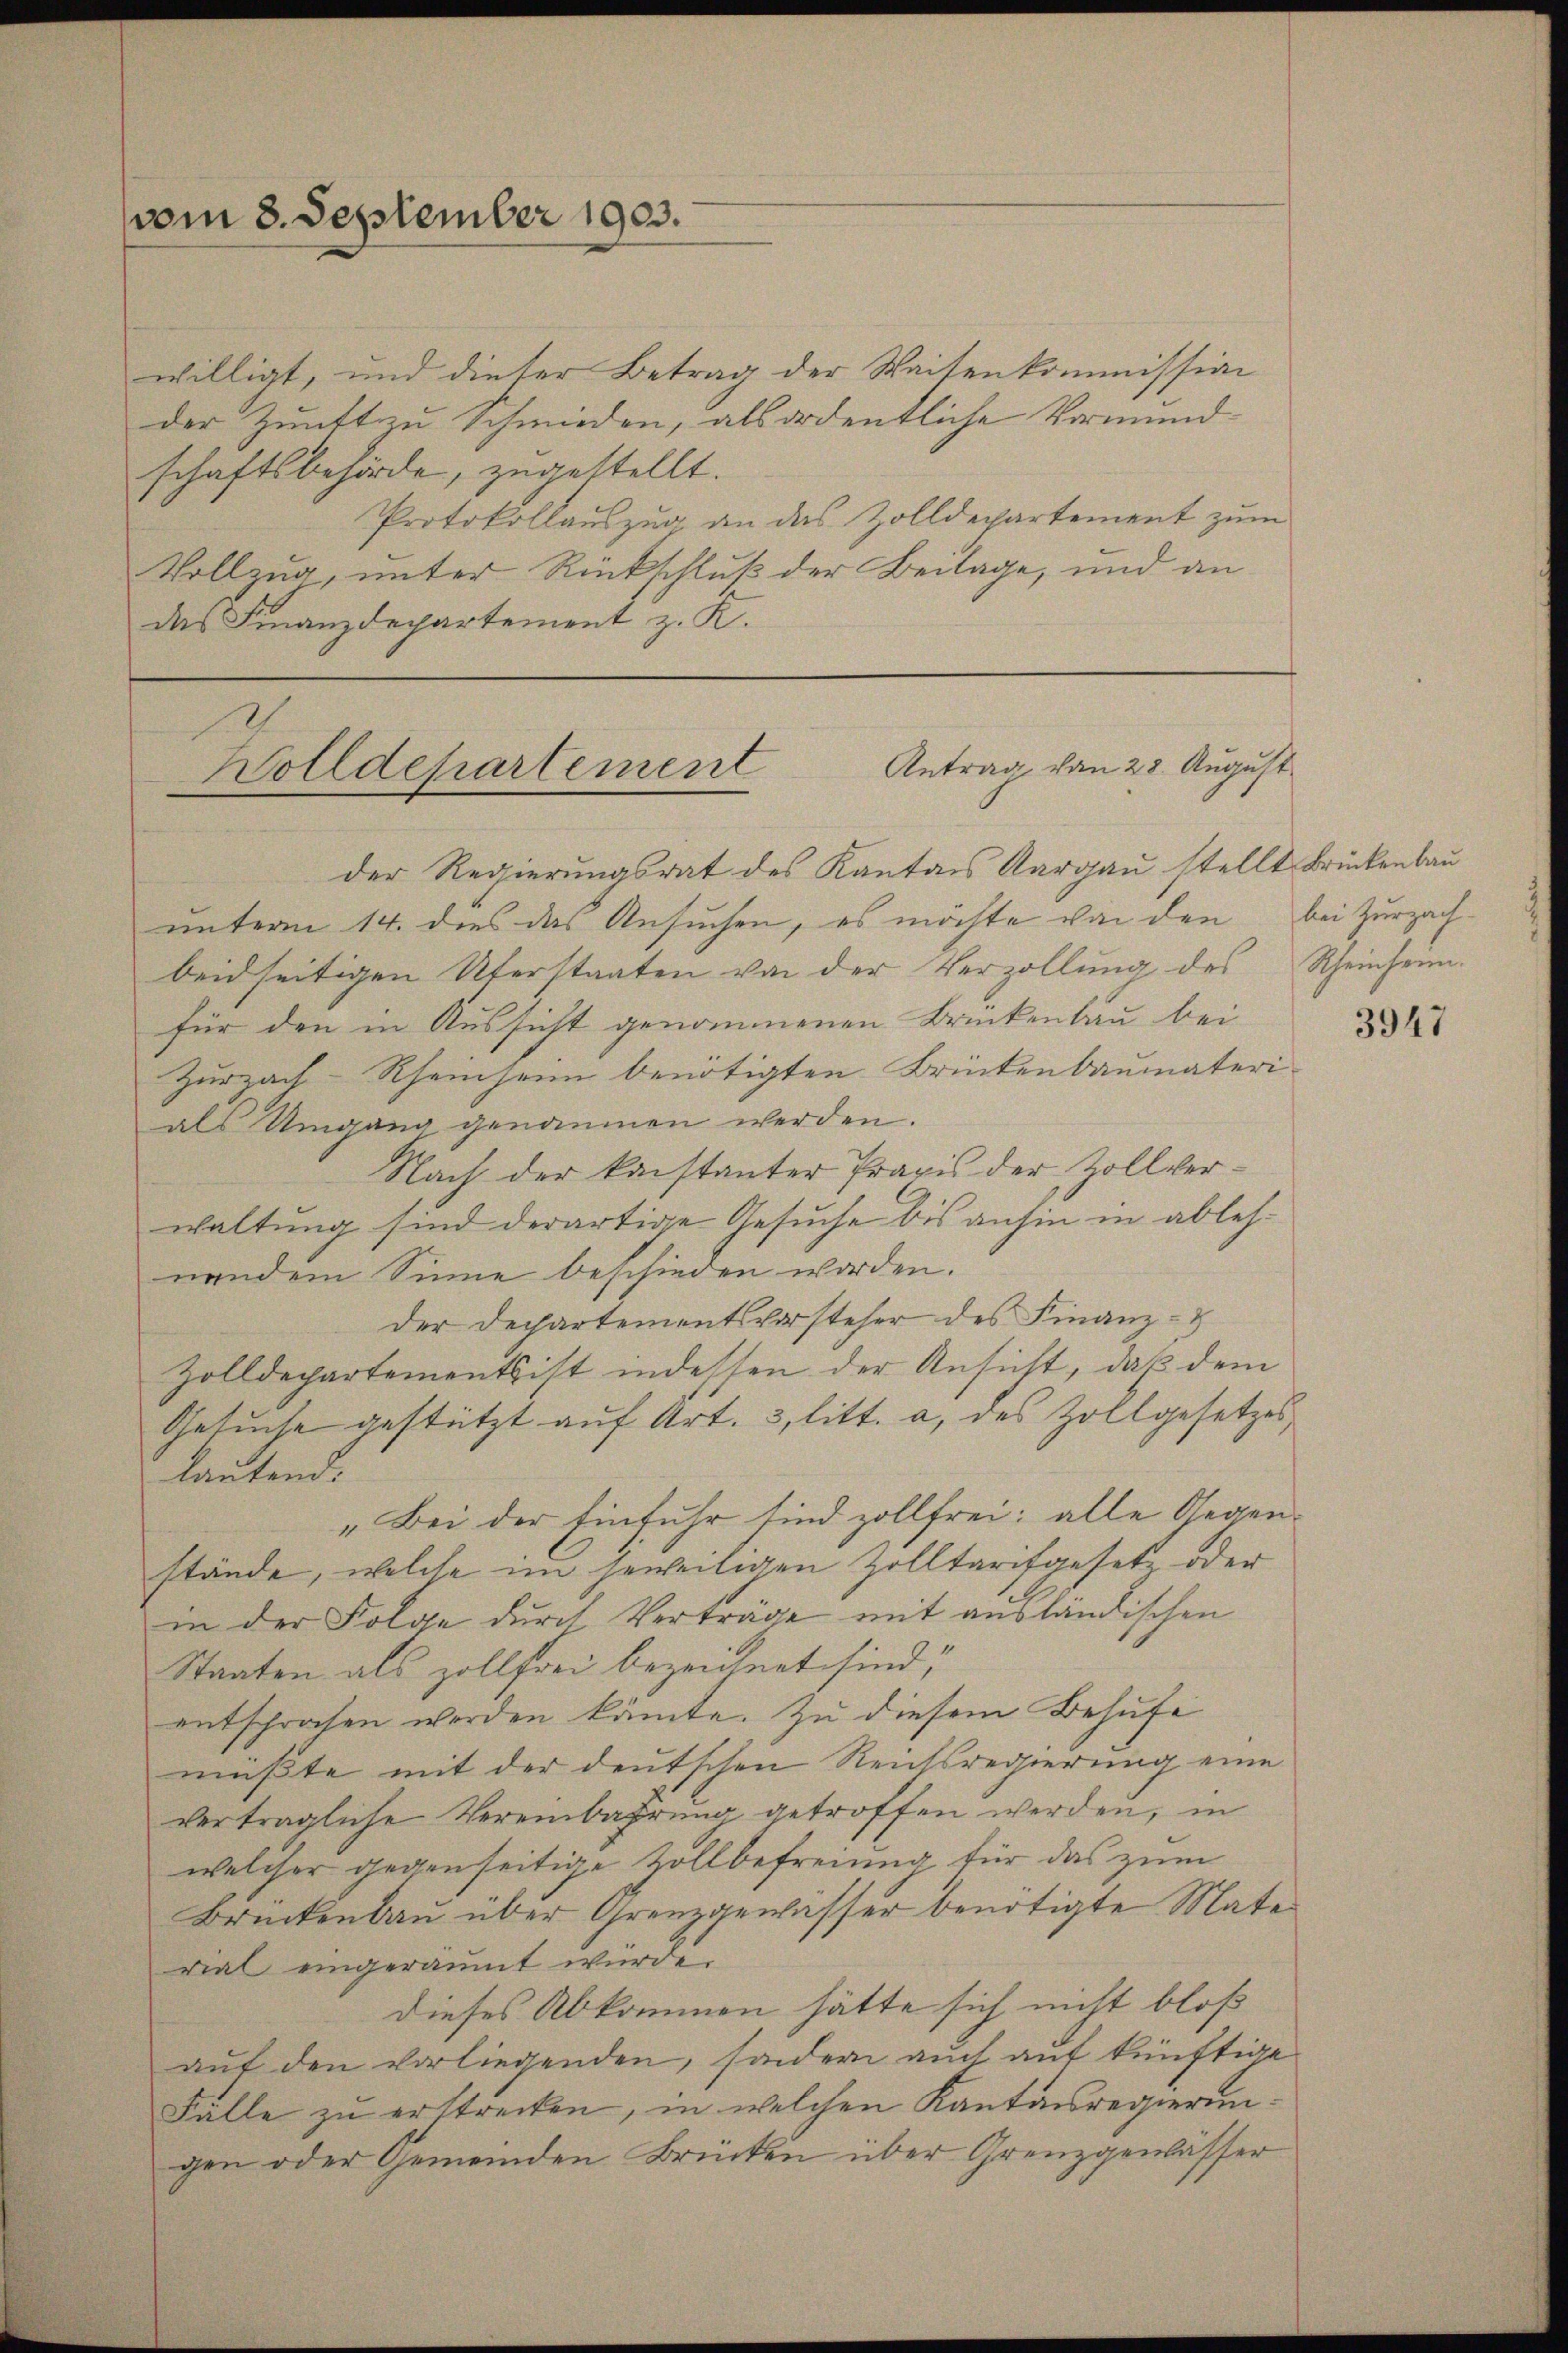
vom 8. September 1903.

willigt, und dieser Betrag der Waisenkommission
der Zunft zu Schmieden, als ordentliche Vormund
schaftsbehörde, zugestellt.
Protokollauszug an das Zolldechartement zum
Vollzug, unter Rückschluß der Beilage, und an
das Finanzdepartement z. K.

Wolldepartement Antrag von 28. August

der Regierungsrat des Kantons Aargau stellt Brückenbau
unterm 14. dies das Ansuchen, es möchte von den bei Zurzachbeidseitigen Uterstaaten von der Verzollŭng des Rheinheim.
für den in Aussicht genommenen Brückenbau bei
Zurzach-Rheinheim benötigten Brückenbaumateri-
als Umgang genommen werden.
Nach der kanstanter Praxis der Zollverwaltung sind derartige Gesuche bis anhin in ablehnendem Sinne beschieden worden.
der Departementsvorsteher des Finanz-
Zolldepartements ist indessen der Ansicht, daß dem
Gesuche gestützt auf Art. 3, litt. a, des Zollgesetzes,
lautend:
„Bei der Einfuhr sind zollfrei; alle Gegenstände, welche im jeweiligen Zolltarifgesetz oder
in der Folge durch Verträge mit ausländischen
Staaten als zollfrei bezeichnet sind;
entsprachen werden könnte. Zu diesem Behufe
müßte mit der deutschen Reichsregierung eine
vertragliche Vereinbahrung getroffen werden, in
welcher gegenseitige Zollbefreiung für das zum
Brückenbau über Grenzgewässer benötigte Matevial eingeräumt würde.
dieses Abkommen hätte sich nicht bloß
auf den vorliegenden, sondern auch auf künftige
Fälle zu erstrecken, in welchen Kantonsregierungen oder Gemeinden Brücken über Grenzgenlässer

3947